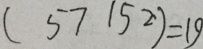
( 5 7 1 5 2 \cdot ) = 1 9